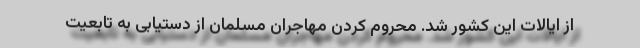
از ایالات این کشور شد. محروم کردن مهاجران مسلمان از دستیابی به تابعیت